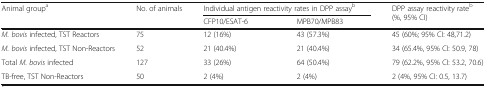
| <ROWSPAN=2> Animal groupa | <ROWSPAN=2> No. of animals | <COLSPAN=2> Individual antigen reactivity rates in DPP assayb | <ROWSPAN=2> DPP assay reactivity rateb (%, 95% CI) |
 | CFP10/ESAT-6 | MPB70/MPB83 |
 | --- | --- | --- | --- | --- |
 | M. bovis infected, TST Reactors | 75 | 12 (16%) | 43 (57.3%) | 45 (60%; 95% CI: 48,71.2) |
 | M. bovis infected, TST Non-Reactors | 52 | 21 (40.4%) | 21 (40.4%) | 34 (65.4%, 95% CI: 50.9, 78) |
 | Total M. bovis infected | 127 | 33 (26%) | 64 (50.4%) | 79 (62.2%, 95% CI: 53.2, 70.6) |
 | TB-free, TST Non-Reactors | 50 | 2 (4%) | 2 (4%) | 2 (4%, 95% CI: 0.5, 13.7) |